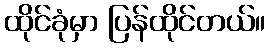
ထိုင်ခုံမှာ ပြန်ထိုင်တယ်။